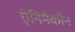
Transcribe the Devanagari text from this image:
ऐनिमेकौन